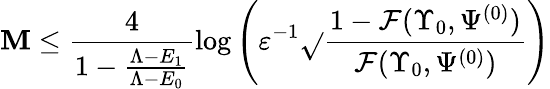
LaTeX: \mathbf{M}\leq\frac{{4}}{{1-\frac{{\Lambda-E_{1}}}{{\Lambda-E_{0}}}}}\log\left(\varepsilon^{-1}\sqrt{}{{\frac{{1-\mathcal{{F}}(\Upsilon_{0},\Psi^{(0)})}}{{\mathcal{{F}}(\Upsilon_{0},\Psi^{(0)})}}}}\right)